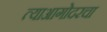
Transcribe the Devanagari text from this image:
त्याआगोदरचा